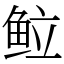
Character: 䲞